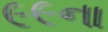
૯૯ના